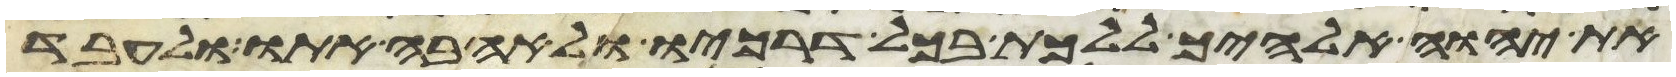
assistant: את יהוה אלהיך ללכת בכל דרכיו ולאהבה אתו ולעבד